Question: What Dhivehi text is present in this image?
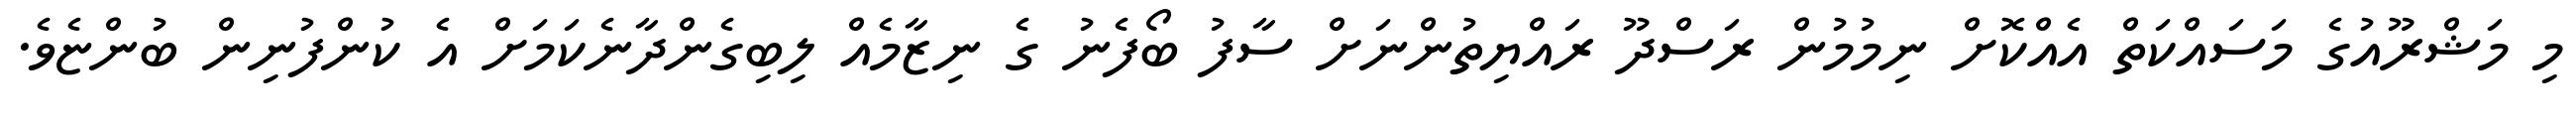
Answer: މި މަޝްރޫއުގެ މަސައްކަތް އެއްކޮށް ނިމުމުން ރަސްދޫ ރައްޔިތުންނަށް ސާފު ބޯފެނު ގެ ނިޒާމެއް ލިބިގެންދާނެކަމަށް އެ ކުންފުނިން ބުންޏެވެ.